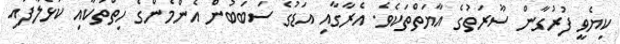
ކިޔެވީ ފުރުގާން ސޫރަތުގެ އާޔަތްތަކެވެ. އެރާގާއި އަޑުގެ ސަބަބުން އެންމެންގެ ހިތްތަކާއި ކުޅެލާފައި